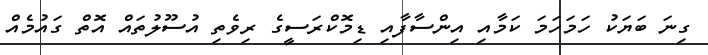
ގިނަ ބަޔަކު ހަމަހަމަ ކަމާއި އިންސާފާއި ޑިމޮކްރަސީގެ ރިވެތި އުސޫލުތައް އޮތް ގައުމެއް